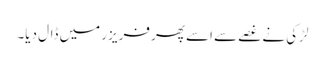
لڑکی نے غصے سے اسے پھر فریزر میں ڈال دیا۔